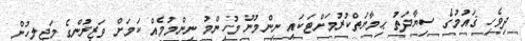
ދިވެހި ޤައުމުގެ ސިޔާދަތު ޙިމާޔަތްކުރުމަށްޓަކައި ނިންމުނު މުހިންމު ނިންމުމެއް ކަމަށް ވަޒީރުންގެ މަޖިލީހުން